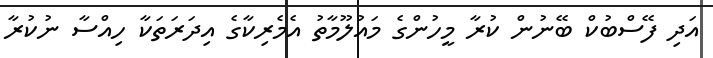
އަދި ފޭސްބުކް ބޭނުން ކުރާ މީހުންގެ މައުލޫމާތު އެމެރިކާގެ އިދަރަތަކާ ހިއްސާ ނުކުރާ